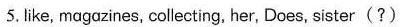
5.ike, magazines, collecting, her, Does, sister(?)